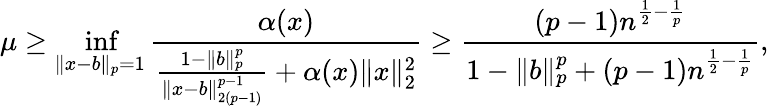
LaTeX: \mu\geq\operatorname*{inf}_{\| x-b\| _{p}=1}\frac{\alpha(x)}{\frac{1-\| b\| _{p}^{p}}{\| x-b\| _{2(p-1)}^{p-1}}+\alpha(x)\| x\| _{2}^{2}}\geq\frac{(p-1)n^{\frac{1}{2}-\frac{1}{p}}}{1-\| b\| _{p}^{p}+(p-1)n^{\frac{1}{2}-\frac{1}{p}}},